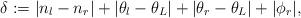
LaTeX: \begin{align*}\delta:=|n_l-n_r|+|\theta_l-\theta_{L}|+|\theta_r-\theta_{L}|+|\phi_r|,\end{align*}